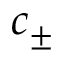
c _ { \pm }